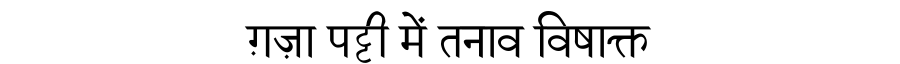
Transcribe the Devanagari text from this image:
ग़ज़ा पट्टी में तनाव विषाक्त